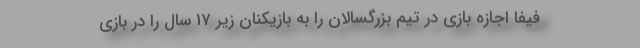
فیفا اجازه بازی در تیم بزرگسالان را به بازیکنان زیر 17 سال را در بازی